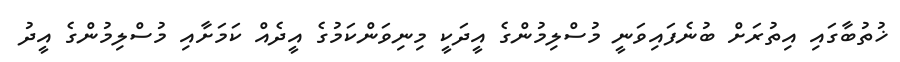
ޚުތުބާގައި އިތުރަށް ބުނެފައިވަނީ މުސްލިމުންގެ އީދަކީ މިނިވަންކަމުގެ އީދެއް ކަމަށާއި މުސްލިމުންގެ އީދު